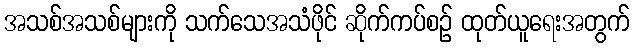
အသစ်အသစ်များကို သက်သေအသံဖိုင် ဆိုက်ကပ်စဉ် ထုတ်ယူရေးအတွက်